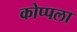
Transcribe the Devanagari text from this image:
कोप्पला